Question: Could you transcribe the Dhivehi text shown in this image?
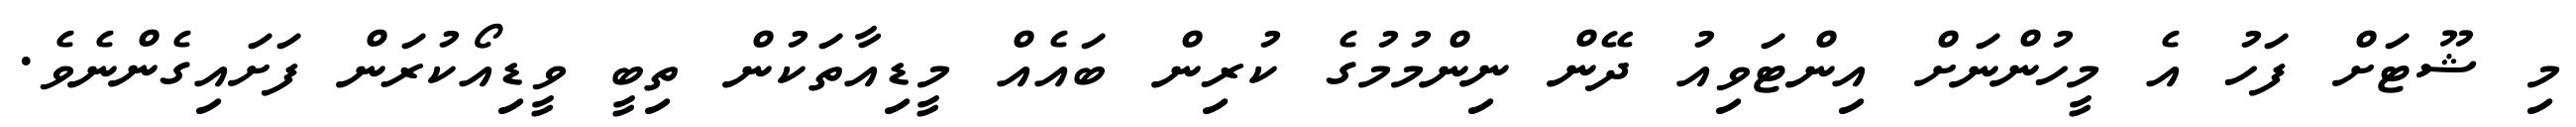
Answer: މި ޝޫޓަށް ފަހު އެ މީހުންނަށް އިންޓަވިއު ދޭން ނިންމުމުގެ ކުރިން ބައެއް މީޑިއާތަކުން ތިބީ ވީޑިއޯކުރަން ފަށައިގެންނެވެ.